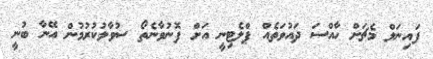
ފައިނަލް މެޗަށް ހާއްސަ ދައުވަތެއް ޕްލެޓިނީ އަށް ފޮނުވާނެތޯ ސުވާލުކުރުމުން އޭނާ ބުނީ